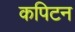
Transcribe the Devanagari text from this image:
कपिटन